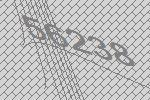
56238